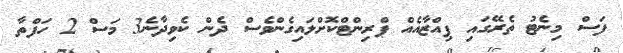
ފަސް މިނެޓު ތެރޭގައި ޕިއްޒާއެއް ޕްރިންޓްކޮށްލައިގެންވެސް ދެން ކެވިދާނެ3 މަސް 2 ހަފްތާ